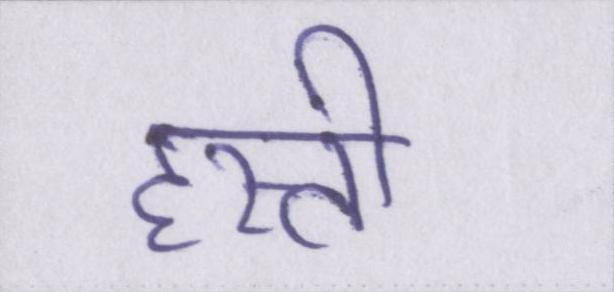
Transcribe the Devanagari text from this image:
हस्ती